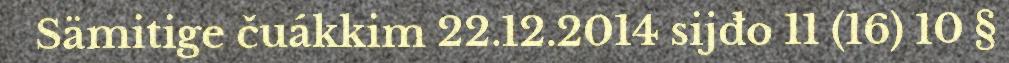
Sämitige čuákkim 22.12.2014 sijđo 11 (16) 10 §